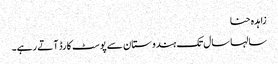
زاہدہ حنا
سالہا سال تک ہندوستان سے پوسٹ کارڈ آتے رہے۔